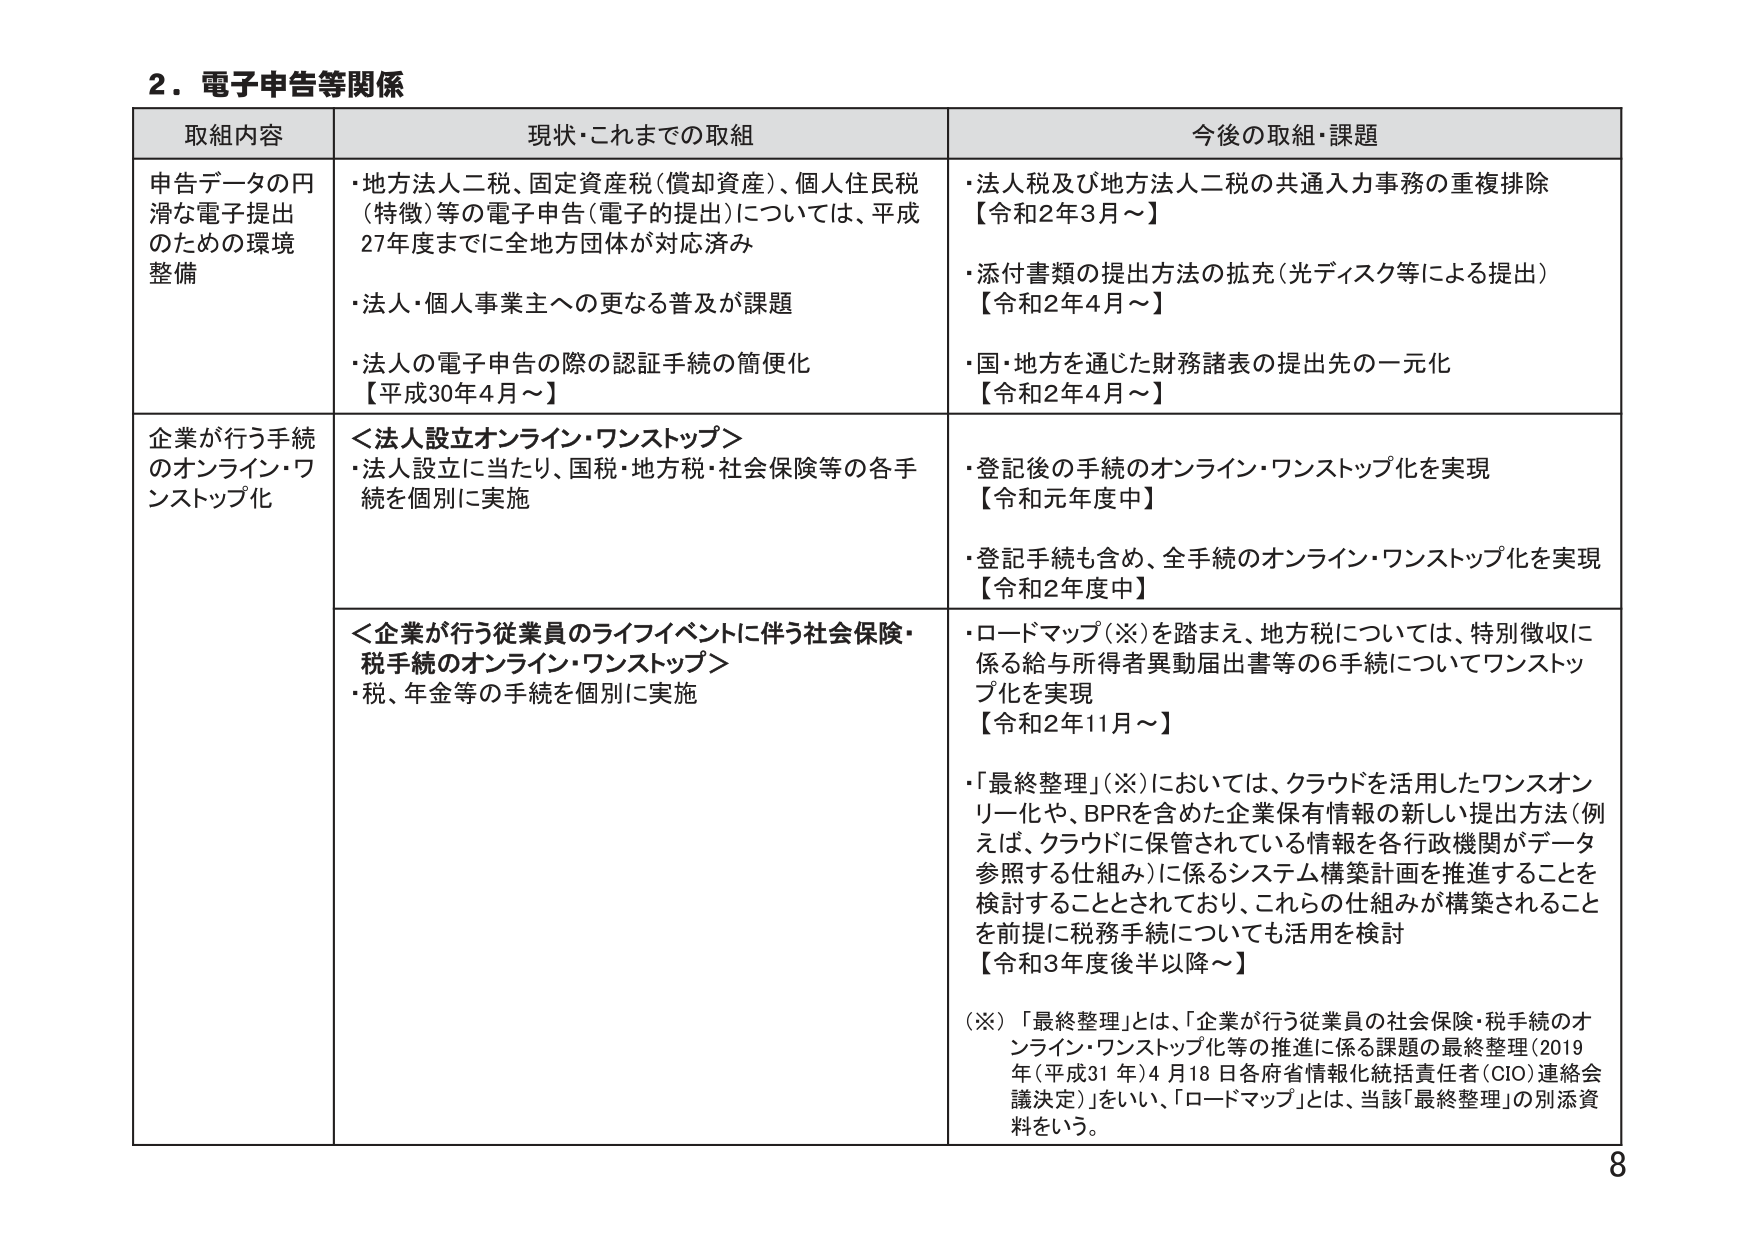
2．電子申告等関係

取組内容 現状・これまでの取組 今後の取組・課題

申告データの円滑な電子提出のための環境整備
・地方法人二税、固定資産税（償却資産）、個人住民税（特徴）等の電子申告（電子的提出）については、平成27年度までに全地方団体が対応済み
・法人・個人事業主への更なる普及が課題
・法人の電子申告の際の認証手続の簡便化【平成30年4月～】
・法人税及び地方法人二税の共通入力事務の重複排除【令和2年3月～】
・添付書類の提出方法の拡充（光ディスク等による提出）【令和2年4月～】
・国・地方を通じた財務諸表の提出先の一元化【令和2年4月～】

企業が行う手続のオンライン・ワンストップ化
＜法人設立オンライン・ワンストップ＞
・法人設立に当たり、国税・地方税・社会保険等の各手続を個別に実施
・登記後の手続のオンライン・ワンストップ化を実現【令和元年度中】
・登記手続も含め、全手続のオンライン・ワンストップ化を実現【令和2年度中】

＜企業が行う従業員のライフイベントに伴う社会保険・税手続のオンライン・ワンストップ＞
・税、年金等の手続を個別に実施
・ロードマップ（※）を踏まえ、地方税については、特別徴収に係る給与所得者異動届出書等の6手続についてワンストップ化を実現【令和2年11月～】
・「最終整理」（※）においては、クラウドを活用したワンスオンリー化や、BPRを含めた企業保有情報の新しい提出方法（例えば、クラウドに保管されている情報を各行政機関がデータ参照する仕組み）に係るシステム構築計画を推進することを検討することとされており、これらの仕組みが構築されることを前提に税務手続についても活用を検討【令和3年度後半以降～】

（※）「最終整理」とは、「企業が行う従業員の社会保険・税手続のオンライン・ワンストップ化等の推進に係る課題の最終整理（2019年（平成31年）4月18日各府省情報化統括責任者（CIO）連絡会議決定）」をいい、「ロードマップ」とは、当該「最終整理」の別添資料をいう。

8